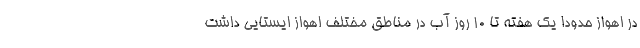
در اهواز حدودا یک هفته تا ۱۰ روز آب در مناطق مختلف اهواز ایستایی داشت